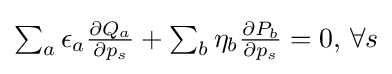
{\textstyle \sum _{a}\epsilon _{a}{\frac {\partial Q_{a}}{\partial p_{s}}}+\sum _{b}\eta _{b}{\frac {\partial P_{b}}{\partial p_{s}}}=0,\,\forall s}